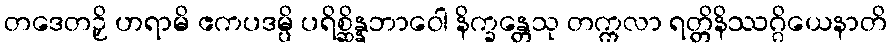
တဒေတဉှိ ဟရာမိ ဧကပဒမ္ပိ ပရိစ္ဆိန္နဘာဝေါ နိက္ခန္တေသု တက္ကလာ ရတ္တိနိဿဂ္ဂိယေနာတိ